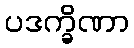
ပဒက္ခိဏာ